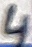
Text: 4